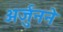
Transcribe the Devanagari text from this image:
अर्जुनने